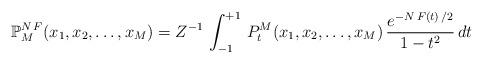
LaTeX: \begin{align*}\mathbb{P}_{M}^{N\,F}(x_{1},x_{2},\ldots,x_{M})=Z^{-1}\,\int_{-1}^{+1}\,P_{t}^{M}(x_{1},x_{2},\ldots ,x_{M})\,\frac{e^{-N\,F(t)\,/2}}{1-t^{2}}\,dt~\ \end{align*}